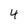
Character: 4